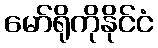
မော်ရိုကိုနိုင်ငံ